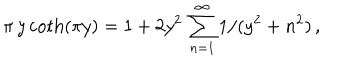
LaTeX: \pi \, y \coth ( \pi y ) = 1 + 2 y ^ { 2 } \, \sum _ { n = 1 } ^ { \infty } 1 / ( y ^ { 2 } + n ^ { 2 } ) \, ,